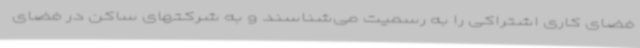
فضای کاری اشتراکی را به رسمیت می‌شناسند و به شرکتهای ساکن در فضای